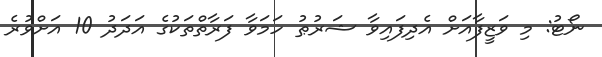
ނޯޓު: މި ވަޒީފާއަށް އެދިފައިވާ ޝަރުޠު ހަމަވާ ފަރާތްތަކުގެ އަދަދު 10 އަށްވުރެ